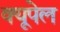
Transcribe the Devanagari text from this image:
क्यूपेल